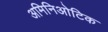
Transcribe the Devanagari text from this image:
अमिनिओटिक